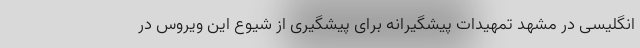
انگلیسی در مشهد تمهیدات پیشگیرانه برای پیشگیری از شیوع این ویروس در